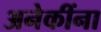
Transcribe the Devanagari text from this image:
अनेकींना